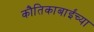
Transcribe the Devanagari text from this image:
कौतिकाबाईंच्या